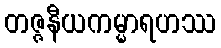
တဇ္ဇနီယကမ္မာရဟဿ